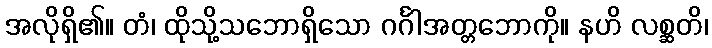
အလိုရှိ၏။ တံ၊ ထိုသို့သဘောရှိသော ဂင်္ဂါအတ္တဘောကို။ နဟိ လစ္ဆတိ၊